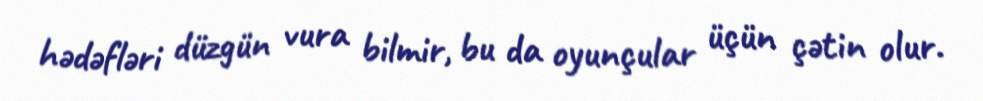
hədəfləri düzgün vura bilmir, bu da oyunçular üçün çətin olur.